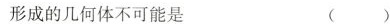
形成的几何体不可能是 ()